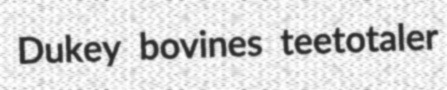
Dukey bovines teetotaler